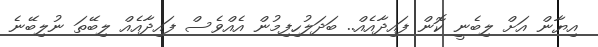
އިޔާން އަށް ލިބެނީ ކޮން ފައިދާއެއް.. ބަދަލުހިފިމުން އެއްވެސް ފައިދާއެއް ލިބޭތަ ނުލިބޭނެ